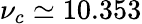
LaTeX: \nu_{c}\simeq 10.353